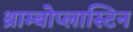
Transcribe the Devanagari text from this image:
थ्राम्बोप्लास्टिन